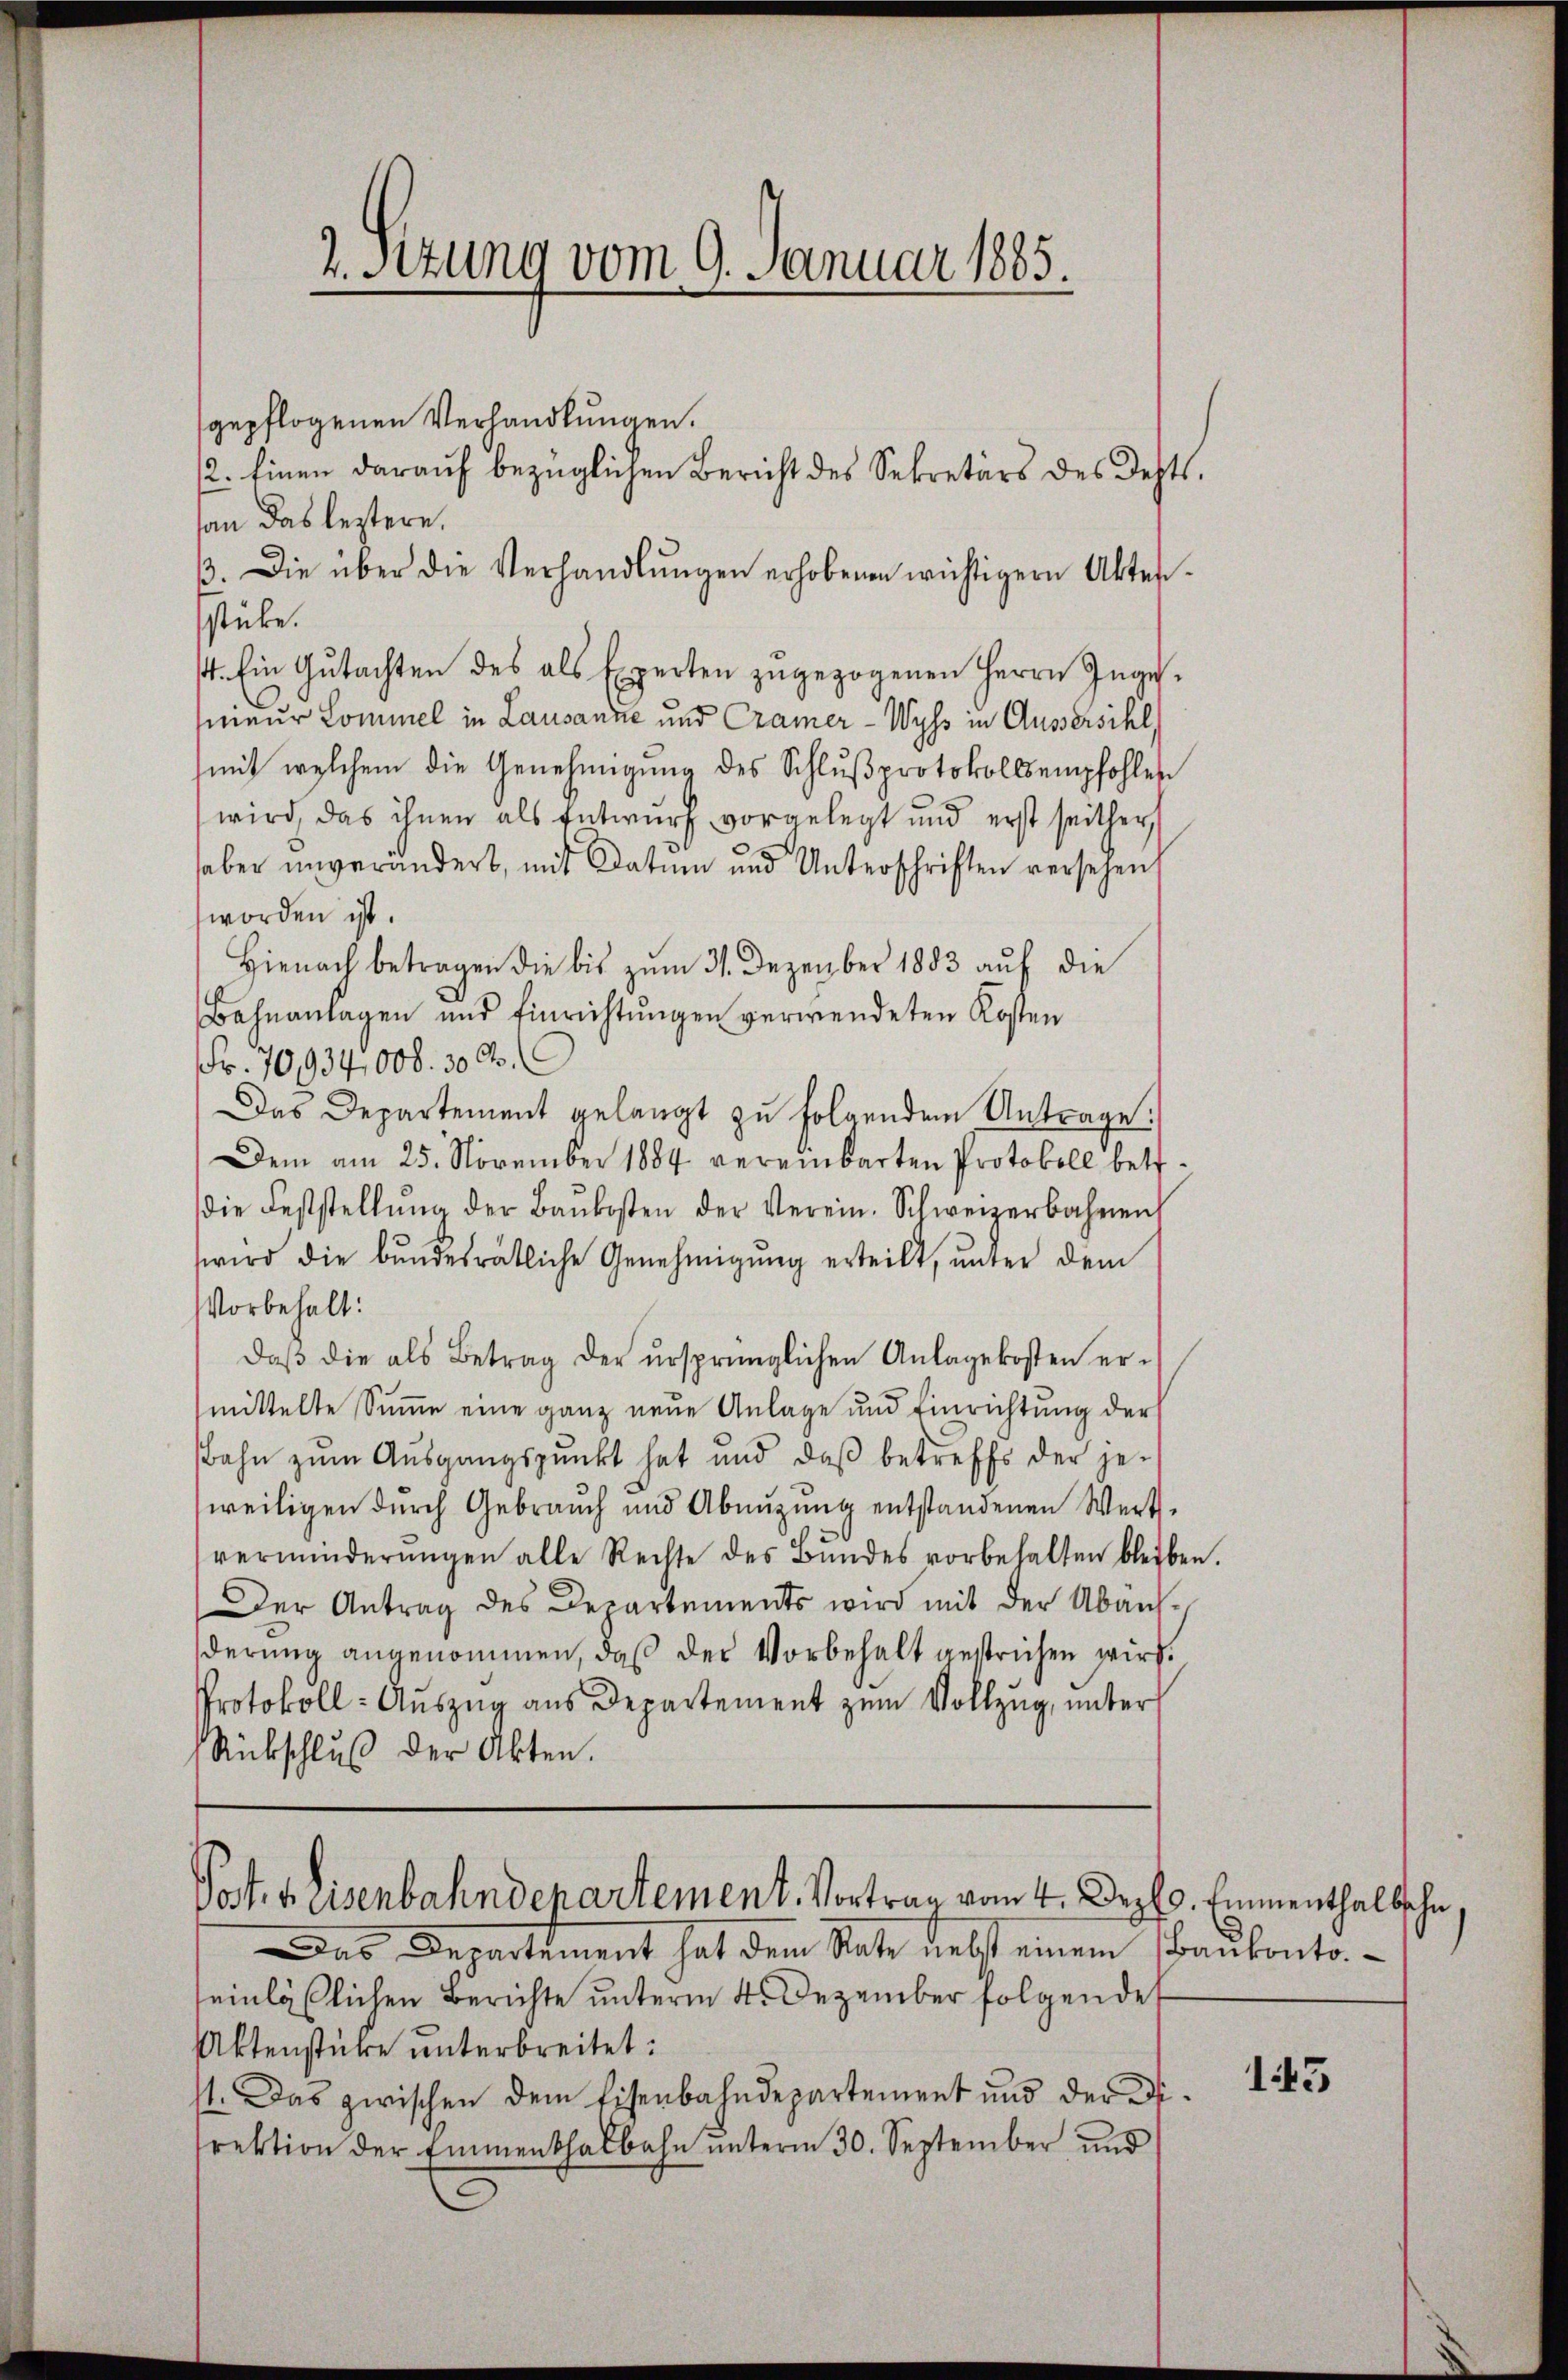
2.Sttung vom 9. Januar 1885.

gepflogenen Verhandlungen.
san das leztere,
3. Die über die Verhandlŭngen erhobenen wichtigern Akten-
stücke.
st. Ein Gŭtachten des als Experten zŭgezogenen Herrn Inge
nieur Commel in Lausanne und Cramer - Wyss in Aussersihl,
mit welchem die Genehmigung des Schlußprotokolls empfohlen
wird, das ihnen als Entwurf vorgelegt und erst seither
aber unverändert, mit Datum und Unterschriften versehen,
worden ist.
Hienach betragen die bis zŭm 31. Dezember 1883 auf die
Bahnanlagen und Einrichtungen verwendeten Kosten
Fr. 70,934,000. 300.
Das Departement gelangt zu folgenden Antrage.
Dem am 25. November 1884 vereinbarten Protokoll betr.
die Feststellŭng der Baŭkosten der Verein. Schweizerbahnen
wird die bundesrätliche Genehmigŭng erteilt, unter dem
Vorbehalt:
daβ die als Betrag der ursprünglichen Anlagekosten er-
mittelte Summe eine ganz neue Anlage und Einrichtung der
Bahn zum Ausgangspunkt hat und daß betreffs der jeweiligen durch Gebrauch und Abnutzung entstandenen Wert-
verminderŭngen alle Rechte des Bŭndes vorbehalten bleiben.
Der Antrag des Departements wird mit der Abanderung angenommen, daß der Vorbehalt gestrichen wird.
Protokoll- Auszug aus Departement zum Vollzug, unter
Rückschluß der Akten.

2. Einen darauf bezüglichen Bericht des Sekretärs des Rechts.

Post. v. Eisenbahndepartement. Vortrag vom 4. Dezt. Emmenthalbschn

Das Departement hat dem Rate nebst einem Baukontoseinläßlichen Berichte unterm 4. Dezember folgende
Aktenstühre unterbreitet:
11. Das zwischen dem Eisenbahndepartement und der Disrektion der Emmenthalbahn unterm 30. September und

145